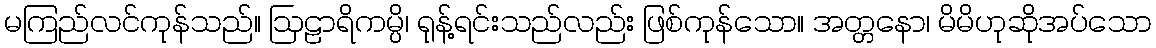
မကြည်လင်ကုန်သည်။ ဩဠာရိကမ္ပိ၊ ရုန့်ရင်းသည်လည်း ဖြစ်ကုန်သော။ အတ္တနော၊ မိမိဟုဆိုအပ်သော